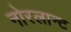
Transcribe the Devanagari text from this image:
नोरलान्ट